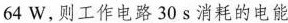
64W，则工作电路30s消耗的电能